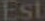
Est